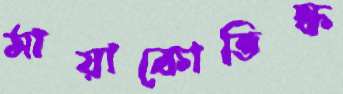
মায়াকোভিস্ক